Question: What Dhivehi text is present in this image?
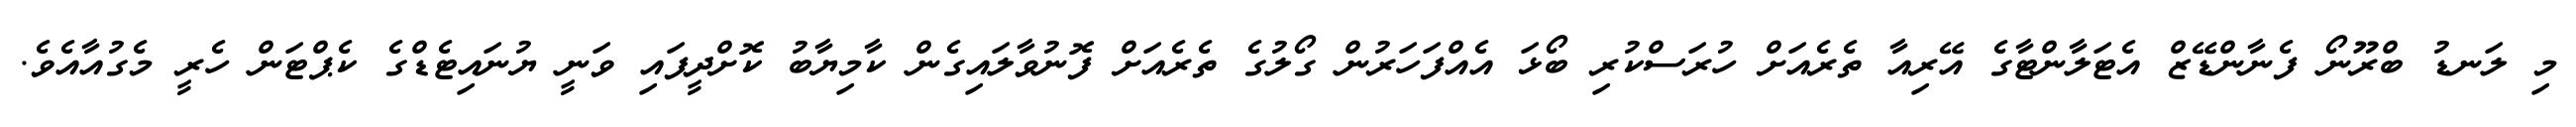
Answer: މި ލަނޑު ބްރޫނޯ ފެނާންޑޭޒް އެޓަލާންޓާގެ އޭރިއާ ތެރެއަށް ހުރަސްކުރި ބޯޅަ އެއްފަހަރުން ގޯލުގެ ތެރެއަށް ފޮނުވާލައިގެން ކާމިޔާބު ކޮށްދީފައި ވަނީ ޔުނައިޓެޑްގެ ކެޕްޓަން ހެރީ މެގުއާއެވެ.